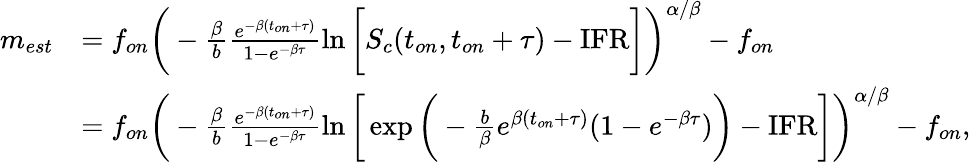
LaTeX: \begin{array}{rl}{m_{est}}&{=f_{on}\bigg(-\frac{\beta}{b}\frac{e^{-\beta(t_{on}+\tau)}}{1-e^{-\beta\tau}}\ln{\bigg[S_{c}(t_{on},t_{on}+\tau)-\mathrm{IFR}\bigg]}\bigg)^{\alpha/\beta}-f_{on}}\\ &{=f_{on}\bigg(-\frac{\beta}{b}\frac{e^{-\beta(t_{on}+\tau)}}{1-e^{-\beta\tau}}\ln{\bigg[\exp{\bigg(-\frac{b}{\beta}e^{\beta(t_{on}+\tau)}(1-e^{-\beta\tau})\bigg)}-\mathrm{IFR}\bigg]}\bigg)^{\alpha/\beta}-f_{on},}\end{array}